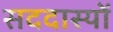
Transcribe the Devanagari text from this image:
सददास्यों